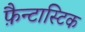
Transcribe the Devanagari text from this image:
फ़ैन्टास्टिक